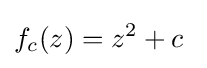
f_{c}(z)=z^{2}+c~